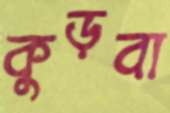
কুড়বা